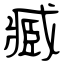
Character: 臧